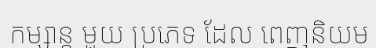
កម្សាន្ត មួយ ប្រភេទ ដែល ពេញនិយម